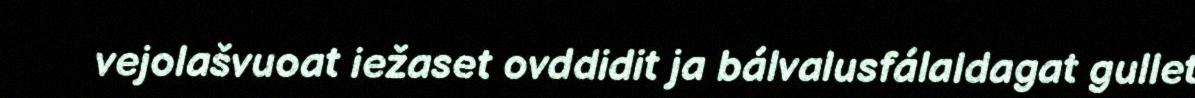
vejolašvuoat iežaset ovddidit ja bálvalusfálaldagat gullet